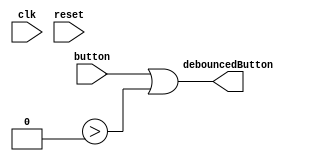
module Debounce(
    
    //1) Add a Clock automation, it specifies the clock signal for the module
    //https://tinyurl.com/af-clock
    input clk,

    //2) Add a Reset automation, it specifies the reset signal for the module
    //https://tinyurl.com/af-reset
    input reset,

    input button,

    output debouncedButton
);

//3) We assume that the button is active high, and therefore, we need to 
//   detect the rising edge of the button signal. 
//
//   Add a RisingEdge automation, you don't need to specify the source signal,
//   it will be inferred from the attched signal, risingButton, since it begins
//   with the word "rising"
//https://tinyurl.com/af-risingedge
wire risingButton;

//4) We need to use a counter to prevent the button from bouncing. We will use
//   the counter such that normally it is 0, but once a rising edge of button
//   is seen, the counter will start counting. While the counter is not 0, we will
//   set the debounced signal to high. 
//
//   Add a Counter automation to debugCounter. You will need to specify the count
//   and start items. You should set count to the max of the counter, once it is 
//   reached, the counter will be set back to 0. You want to set start to be the 
//   name of the signal that will trigger the counter once the signal is high. 
//https://tinyurl.com/af-counter
reg [10:0] debounceCounter;

//The following line is given to you. We want the debounced signal to be high
//anytime that the button signal is high, or the debounceCounter has not returned
//to 0. 
assign debouncedButton = button || debounceCounter > 0;

endmodule